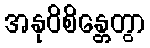
အနုဝိစိန္တေတွာ